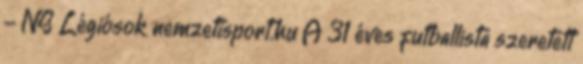
- NS Légiósok nemzetisport.hu A 31 éves futballista szeretett